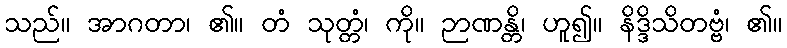
သည်။ အာဂတာ၊ ၏။ တံ သုတ္တံ၊ ကို။ ဉာဏန္တိ၊ ဟူ၍။ နိဒ္ဒိသိတဗ္ဗံ၊ ၏။